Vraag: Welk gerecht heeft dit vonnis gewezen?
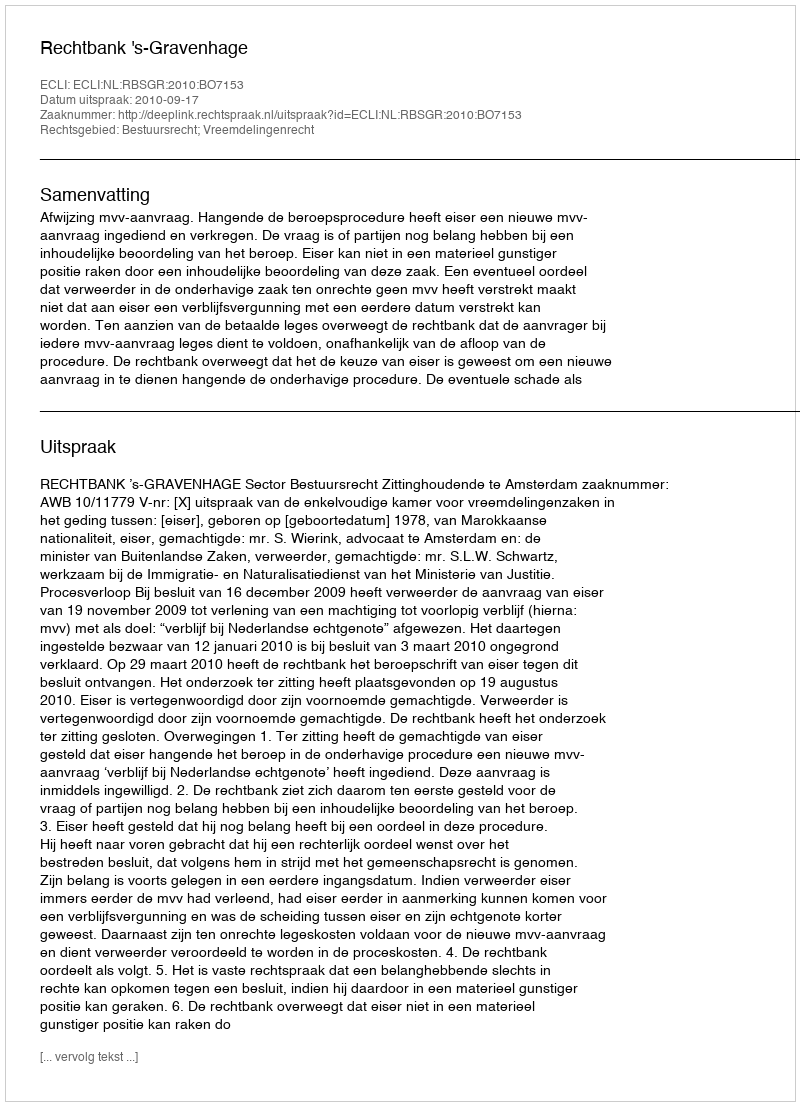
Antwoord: Rechtbank 's-Gravenhage